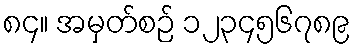
၈၄။ အမှတ်စဉ် ၁၂၃၄၅၆၇၈၉